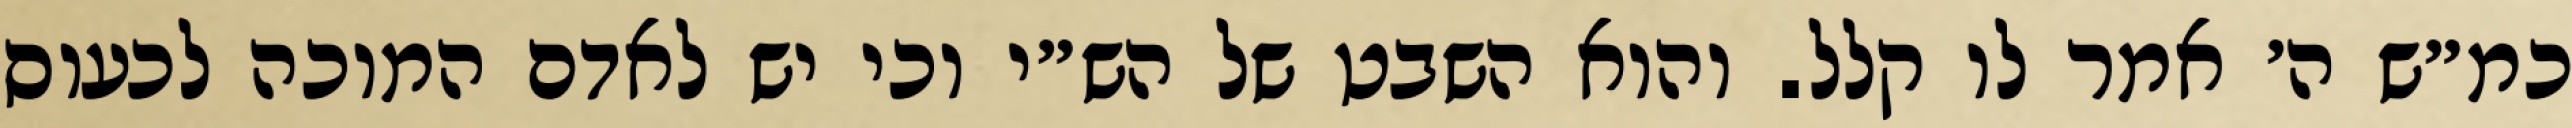
כמ״ש ה׳ אמר לו קלל. והוא השבט של הש״י וכי יש לאדם המוכה לכעוס